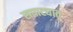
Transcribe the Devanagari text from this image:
सपाट्यात